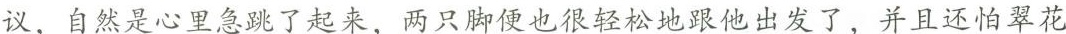
议，自然是心里急跳了起来，两只脚便也很轻松地跟他出发了，并且还只怕翠花